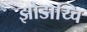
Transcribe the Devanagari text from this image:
झोडाय्चि